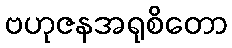
ဗဟုဇနအရုစိတော